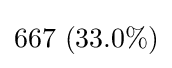
667\ (33.0\%)